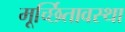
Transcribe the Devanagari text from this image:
मूर्च्छितावस्था